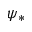
\psi _ { * }